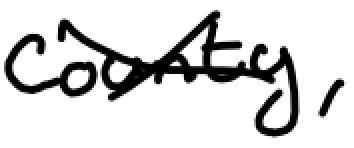
Text: county,
Cross-out: cross
Writing tool: digital_black